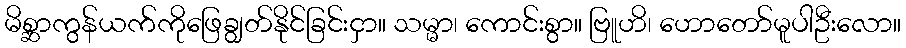
မိစ္ဆာကွန်ယက်ကိုဖြေချွတ်နိုင်ခြင်းငှာ။ သမ္မာ၊ ကောင်းစွာ။ ဗြူဟိ၊ ဟောတော်မူပါဦးလော။